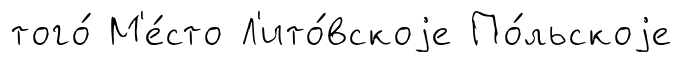
того́ М'е́сто Л'ито́вскоjе По́льскоjе